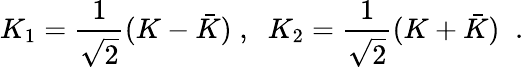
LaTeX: K_{1}=\frac{1}{\sqrt{2}}(K-\bar{K})\; ,\; \; K_{2}=\frac{1}{\sqrt{2}}(K+\bar{K})\; \; .